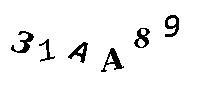
31AA89